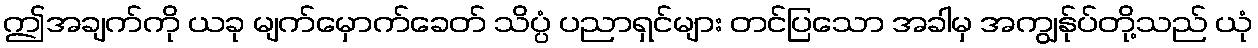
ဤအချက်ကို ယခု မျက်မှောက်ခေတ် သိပ္ပံ ပညာရှင်များ တင်ပြသော အခါမှ အကျွန်ုပ်တို့သည် ယုံ